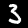
Label: 3